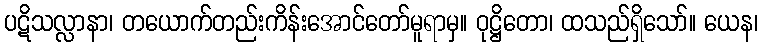
ပဋိသလ္လာနာ၊ တယောက်တည်းကိန်းအောင်တော်မူရာမှ။ ဝုဋ္ဌိတော၊ ထသည်ရှိသော်။ ယေန၊